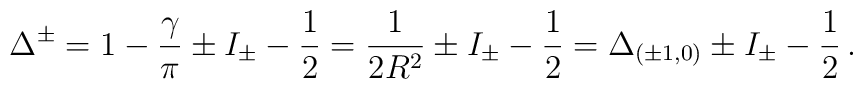
\Delta ^{\pm }=1-\frac{\gamma }{\pi }\pm I_{\pm }-\frac{1}{2}=\frac{1}{2R^{2}}\pm I_{\pm }-\frac{1}{2}=\Delta _{(\pm 1,0)}\pm I_{\pm }-\frac{1}{2}\, .